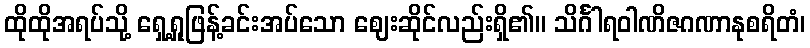
ထိုထိုအရပ်သို့ ရှေ့ရှုဖြန့်ခင်းအပ်သော ဈေးဆိုင်လည်းရှိ၏။ သိင်္ဂါရဝါဏိဇဂဏာနုစရိတံ၊